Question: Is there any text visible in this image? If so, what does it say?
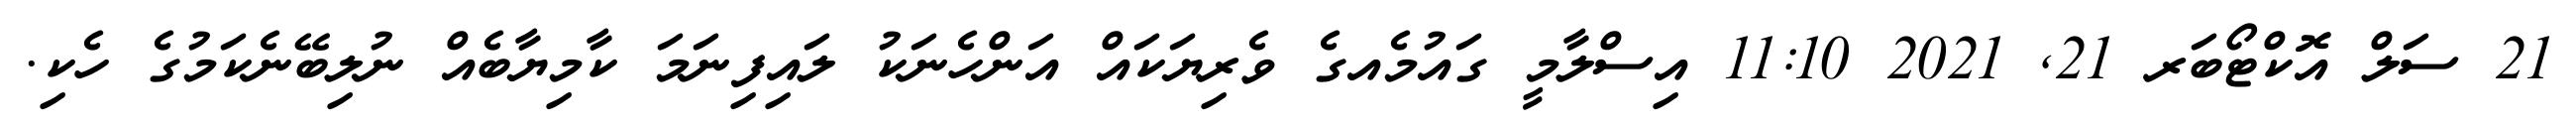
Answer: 21 ސަލް އޮކްޓޯބަރ 21, 2021 11:10 އިސްލާމީ ގައުމެއގެ ވެރިޔަކައް އަންހެނަކު ލައިފިނަމަ ކާމިޔާބެއް ނުލިބޭނެކަމުގެ ހެކި.